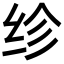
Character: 𬘝